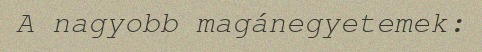
A nagyobb magánegyetemek: